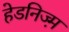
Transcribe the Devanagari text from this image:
हेडनिज्म़